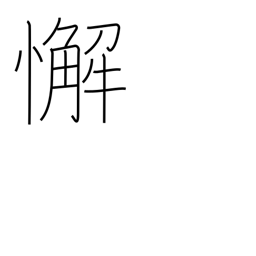
Meaning: laziness